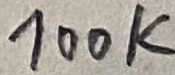
Text: 100K